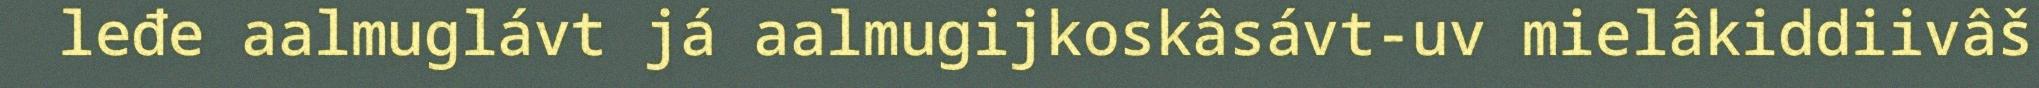
leđe aalmuglávt já aalmugijkoskâsávt-uv mielâkiddiivâš